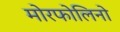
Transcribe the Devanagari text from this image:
मोरफोलिनो